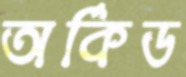
অর্কিড